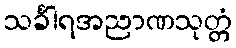
သင်္ခါရအညာဏသုတ္တံ